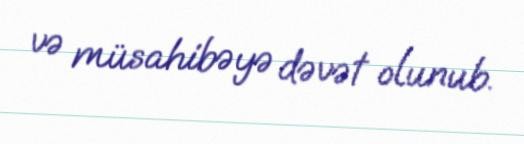
və müsahibəyə dəvət olunub.